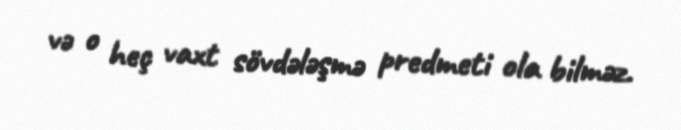
və o heç vaxt sövdələşmə predmeti ola bilməz.